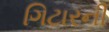
ગિટારની